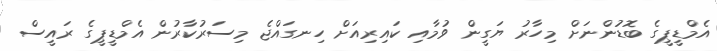
އެމްޑީޕީގެ ބޮޑުންނަށް މިހާރު ޔަގީން ވުމާއި ކައިރިއަށް ހިނގައްޖެ މިސަރުކާރުން އެމްޑީޕީގެ ރައީސް